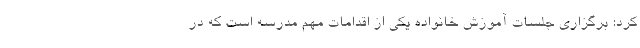
کرد: برگزاری جلسات آموزش خانواده یکی از اقدامات مهم مدرسه است که در